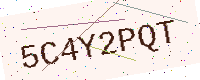
Text: 5C4Y2PQT